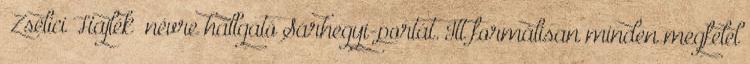
„Zselici Hajlék” névre hallgató Sárhegyi-portát. Itt formálisan minden megfelel